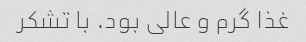
غذا گرم و عالی بود. با تشکر